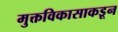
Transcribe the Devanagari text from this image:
मुक्तविकासाकडून